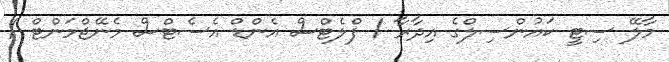
މާލޭ ސިޓީ ކައުންސިލްގެ އިދާރާ / ފްލެޓްސް އެންޑް އެސެޓްސް މެނޭޖްމަންޓް /